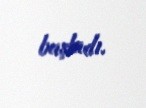
başladı.